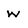
Character: w